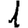
Digit: 1